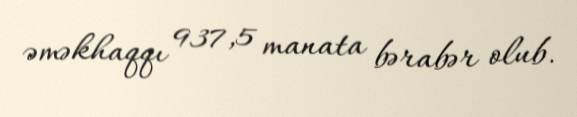
əməkhaqqı 937,5 manata bərabər olub.